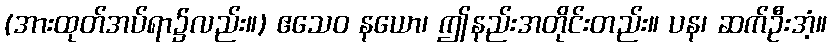
(အားထုတ်အပ်ရာ၌လည်း။) ဧသေဝ နယော၊ ဤနည်းအတိုင်းတည်း။ ပန၊ ဆက်ဦးအံ့။